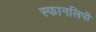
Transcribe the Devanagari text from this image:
स्फानलिपी